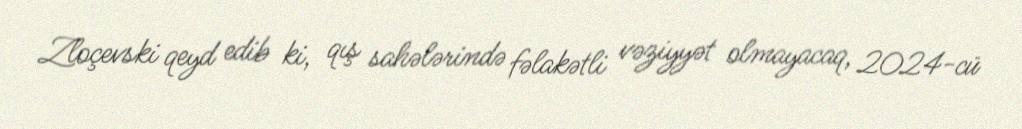
Zloçevski qeyd edib ki, qış sahələrində fəlakətli vəziyyət olmayacaq, 2024-cü